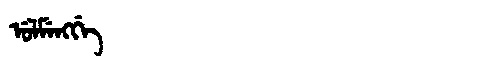
Manchu: ᡠᠯᠮᡝᠩᡤᡝ
Romanization: ULMENGGE